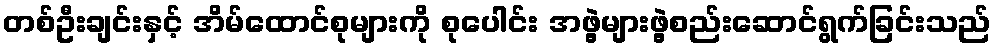
တစ်ဦးချင်းနှင့် အိမ်ထောင်စုများကို စုပေါင်း အဖွဲ့များဖွဲ့စည်းဆောင်ရွက်ခြင်းသည်